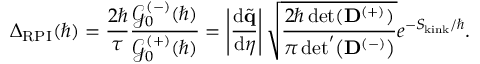
\Delta _ { \mathrm { R P I } } ( \hbar ) = \frac { 2 \hbar } { \tau } \frac { \mathcal { G } _ { 0 } ^ { ( - ) } ( \hbar ) } { \mathcal { G } _ { 0 } ^ { ( + ) } ( \hbar ) } = \left| \frac { \mathrm { d } \tilde { \mathbf { q } } } { \mathrm { d } \eta } \right| \sqrt { \frac { 2 \hbar \operatorname* { d e t } ( \mathbf { D } ^ { ( + ) } ) } { \pi \, \mathrm { d e t } ^ { \prime } \! \left( { \mathbf { D } ^ { ( - ) } } \right) } } e ^ { - S _ { \! \mathrm { k i n k } } / \hbar } .